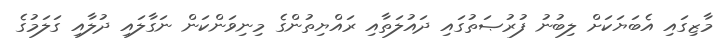
މާޒިގައި އެބަޔަކަށް ލިބުނު ފުރުޞަތުގައި ދައުލަތާއި ރައްޔިތުންގެ މިނިވަންކަން ނަގާލައި ދުލާއި ގަލަމުގެ